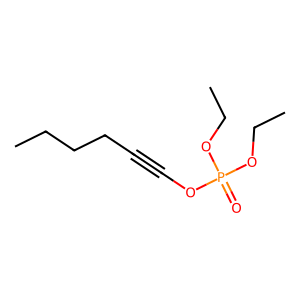
SMILES: CCCCC#COP(=O)(OCC)OCC
Inhibits HIV replication: No